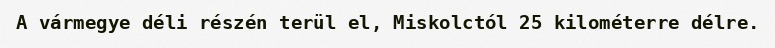
A vármegye déli részén terül el, Miskolctól 25 kilométerre délre.